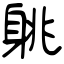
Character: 䠷